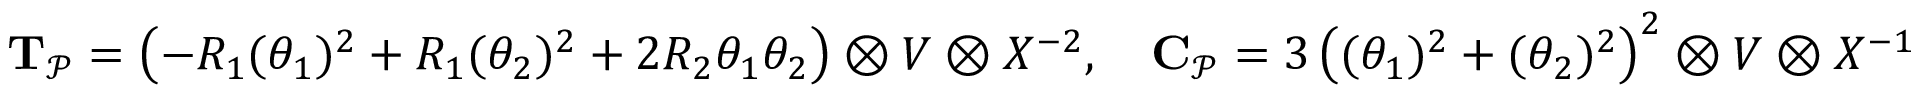
\mathbf { T } _ { \mathcal { P } } = \left( - R _ { 1 } ( \theta _ { 1 } ) ^ { 2 } + R _ { 1 } ( \theta _ { 2 } ) ^ { 2 } + 2 R _ { 2 } \theta _ { 1 } \theta _ { 2 } \right) \otimes V \otimes X ^ { - 2 } , \quad \mathbf { C } _ { \mathcal { P } } = 3 \left( ( \theta _ { 1 } ) ^ { 2 } + ( \theta _ { 2 } ) ^ { 2 } \right) ^ { 2 } \otimes V \otimes X ^ { - 1 }